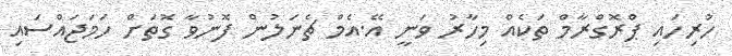
ހުރިހައި ޕްރޮގްރާމް ތަކެއް މިހާރު ވަނީ އޭ.އެމް ޗެނަލުން ފޮނުވާ ގޮތަށް ހަމަޖައްސައި